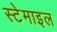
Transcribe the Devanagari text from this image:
स्टेमाइल